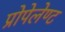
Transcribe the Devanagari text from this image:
प्रोपेलेण्ट